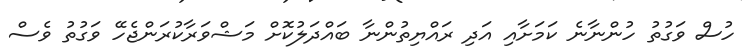
ހުސް ވަގުތު ހުންނާނެ ކަމަށާއި އަދި ރައްޔިތުންނާ ބައްދަލުކޮށް މަޝްވަރާކުރަންޖެހޭ ވަގުތު ވެސް